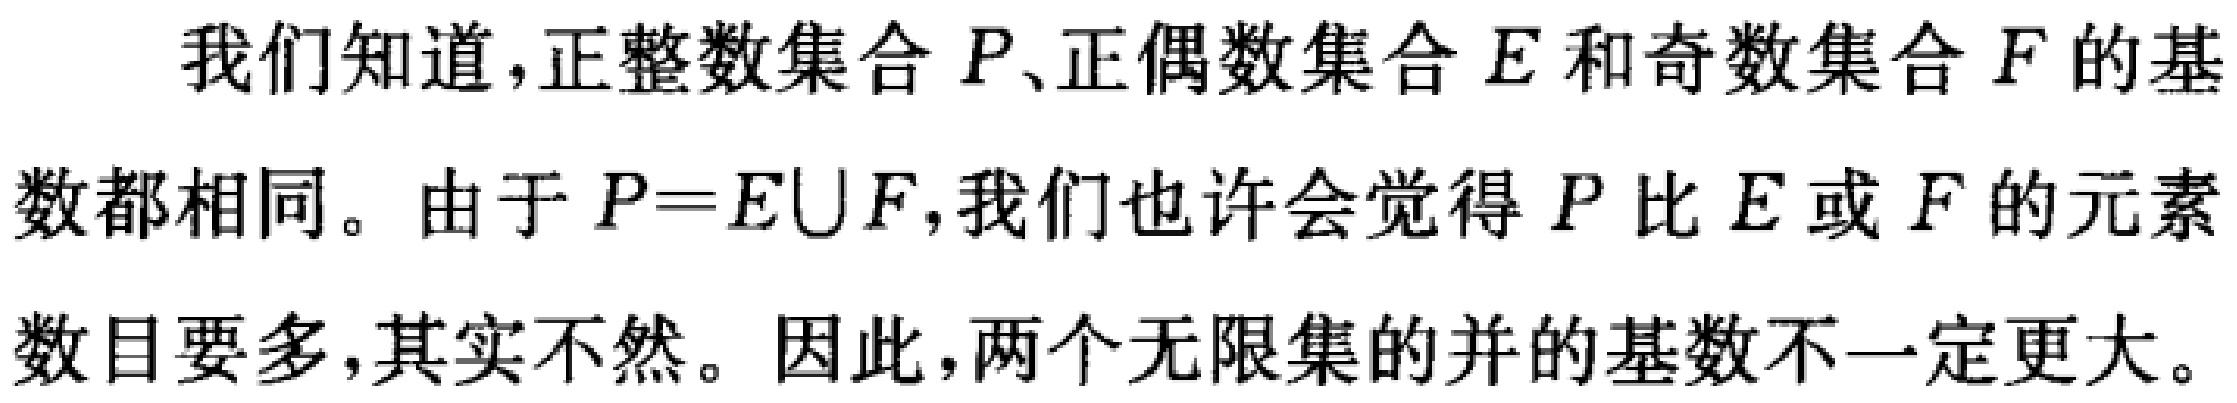
我们知道，正整数集合 \(P\)、正偶数集合 \(E\) 和奇数集合 \(F\) 的基数都相同。由于 \(P = E\cup F\)，我们也许会觉得 \(P\) 比 \(E\) 或 \(F\) 的元素数目要多，其实不然。因此，两个无限集的并的基数不一定更大。